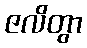
ဇလိတွာ